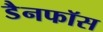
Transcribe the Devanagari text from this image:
डैनफॉस